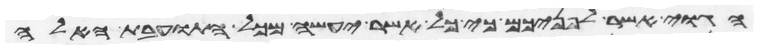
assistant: הגוי אשר לפניכם כי כל אשר יעשה מכל התועבות האלה